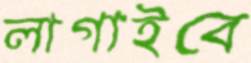
লাগাইবে